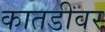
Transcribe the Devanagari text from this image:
कातडीवर